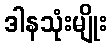
ဒါနသုံးမျိုး